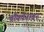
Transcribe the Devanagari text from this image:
चौकोनावर